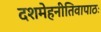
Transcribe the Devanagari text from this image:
दशमेहनीतिवापाठः